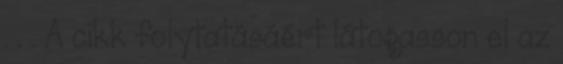
. . . A cikk folytatásáért látogasson el az